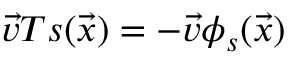
\vec { v } T s ( \vec { x } ) = - \vec { v } \phi _ { s } ( \vec { x } )